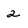
Character: 2